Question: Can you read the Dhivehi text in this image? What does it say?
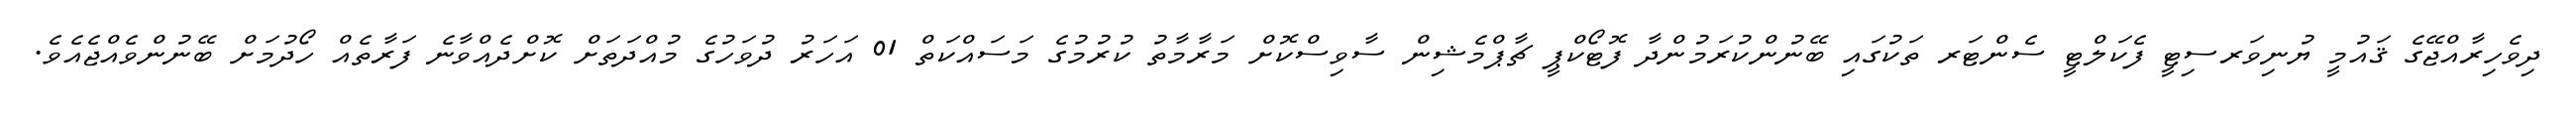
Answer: ދިވެހިރާއްޖޭގެ ޤައުމީ ޔުނިވަރސިޓީ ފެކަލްޓީ ސެންޓަރ ތަކުގައި ބޭނުންކުރަމުންދާ ފޮޓޯކްޕީ ޗާޕްމެޝިން ސާވިސްކޮށް މަރާމާތު ކުރުމުގެ މަސައްކަތް 01 އަހަރު ދުވަހުގެ މުއްދަތަށް ކޮށްދެއްވާނެ ފަރާތެއް ހޯދުމަށް ބޭނުންވެއްޖެއެވެ.